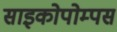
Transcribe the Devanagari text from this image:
साइकोपोम्पस